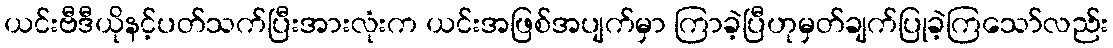
ယင်းဗီဒီယိုနင့်ပတ်သက်ပြီးအားလုံးက ယင်းအဖြစ်အပျက်မှာ ကြာခဲ့ပြီဟုမှတ်ချက်ပြုခဲ့ကြသော်လည်း